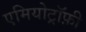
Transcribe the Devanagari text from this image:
एमियोट्रॉफ़ी